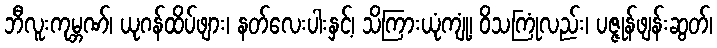
ဘီလူးကုမ္ဘဏ်၊ ယုဂန်ထိပ်ဖျား၊ နတ်လေးပါးနှင့်၊ သိကြားယုံကျုံ့၊ ဝိသကြုံလည်း၊ ပဇ္ဇုန်ဖျန်းဆွတ်၊